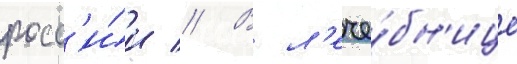
росс'и́и // В л'ече́бн'ице